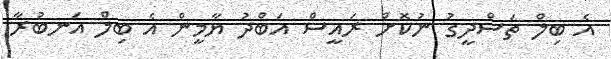
އެ ބިލް ތަސްދީގު ނުކޮށް ރައީސް އަބްދު ޔާމީން އެ ބިލް އަނބުރާ